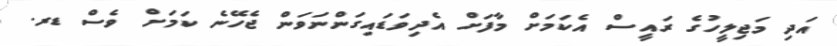
އަދި މަޖިލީހުގެ ރައީސް އެކަމަށް މާފަށް އެދިވަޑައިގަންނަވަން ޖެހޭނެ ކަމަށް ވެސް ޑރ.